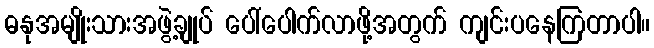
ဓနုအမျိုးသားအဖွဲ့ချုပ် ပေါ်ပေါက်လာဖို့အတွက် ကျင်းပနေကြတာပါ။